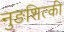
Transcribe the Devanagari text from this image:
नुङशित्की